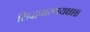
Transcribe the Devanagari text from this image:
सिद्धचारणयक्षाश्च